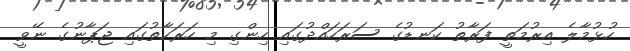
ހުޅުމާލެ އިރުމަތީ ފަރާތު ކަނޑުގެ ސަރަހައްދުގައި ހިންގި މި ހަރަކާތުގައި ޖަޕާނުގެ ނޭވީ